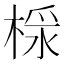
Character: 𣖩